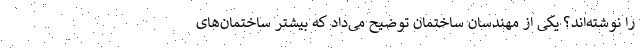
را نوشته‌اند؟ یکی از مهندسان ساختمان توضیح می‌داد که بیشتر ساختمان‌های